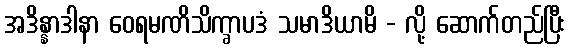
အဒိန္နာဒါနာ ဝေရမဏိသိက္ခာပဒံ သမာဒိယာမိ - လို့ ဆောက်တည်ပြီး